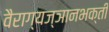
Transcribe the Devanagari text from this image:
वैराग्यज्ञानभक्ती